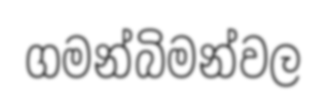
ගමන්බිමන්වල